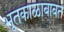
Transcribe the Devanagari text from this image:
भूतकाळाबाबत